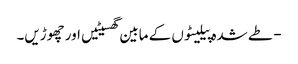
- طے شدہ پیلیٹوں کے مابین گھسیٹیں اور چھوڑیں۔